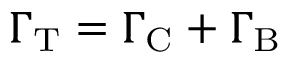
\Gamma _ { \mathrm { T } } = \Gamma _ { \mathrm { C } } + \Gamma _ { \mathrm { B } }